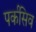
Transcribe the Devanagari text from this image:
पर्कसिव